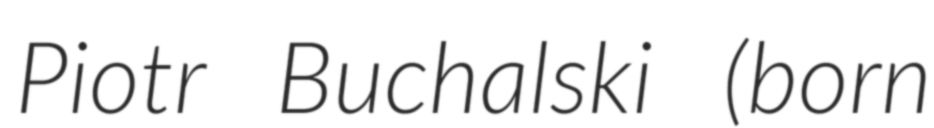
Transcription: Piotr Buchalski (born